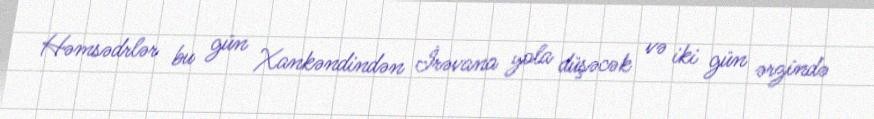
Həmsədrlər bu gün Xankəndindən İrəvana yola düşəcək və iki gün ərzində